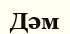
Дәм